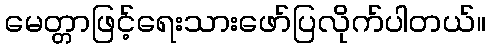
မေတ္တာဖြင့်ရေးသားဖော်ပြလိုက်ပါတယ်။